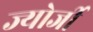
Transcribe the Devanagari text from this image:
ज्योर्जी